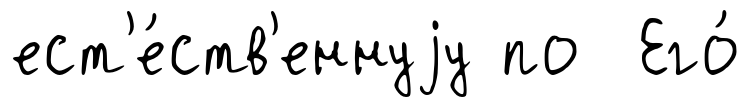
ест'е́ств'еннуjу по Его́